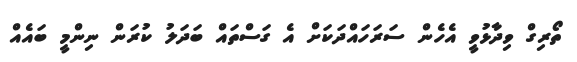
ތޯރިގް ވިދާޅުވީ އެހެން ސަރަހައްދަކަށް އެ ގަސްތައް ބަދަލު ކުރަން ނިންމީ ބައެއް